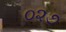
૦૨૭